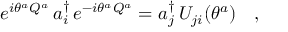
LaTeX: e ^ { i \theta ^ { a } Q ^ { a } } \, a _ { i } ^ { \dagger } \, e ^ { - i \theta ^ { a } Q ^ { a } } = a _ { j } ^ { \dagger } \, U _ { j i } ( \theta ^ { a } ) \ \ \ ,